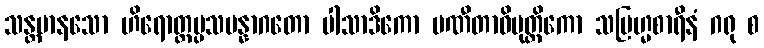
သန္တမာနသော ဟိရောတ္တပ္ပသမန္နာဂတော ပါသာဒိကော ပဏီတာဓိမုတ္တိကော သဗြဟ္မစာရီနံ ဂရု စ